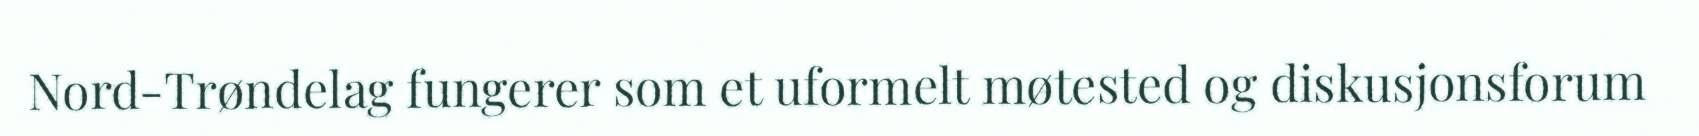
Nord-Trøndelag fungerer som et uformelt møtested og diskusjonsforum